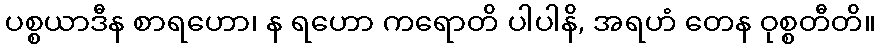
ပစ္စယာဒီန စာရဟော၊ န ရဟော ကရောတိ ပါပါနိ, အရဟံ တေန ဝုစ္စတီတိ။